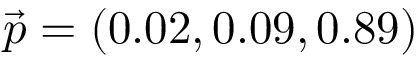
\vec { p } = ( 0 . 0 2 , 0 . 0 9 , 0 . 8 9 )